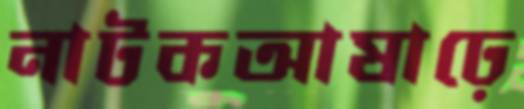
নাটকআষাঢ়ে